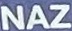
NAZ